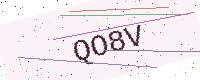
Text: QO8V